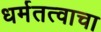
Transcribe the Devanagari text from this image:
धर्मतत्वाचा